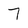
Character: 7